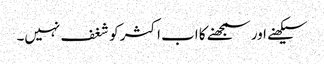
سیکھنے اور سمجھنے کا اب اکثر کو شغف نہیں۔